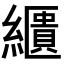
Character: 𦆠